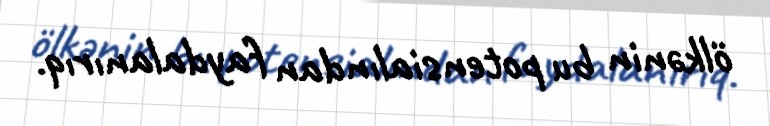
ölkənin bu potensialından faydalanırıq.